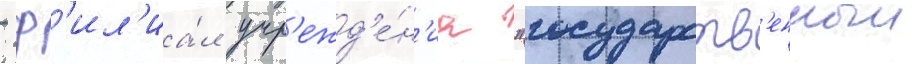
- ф'ил'иа́л учр'ежд'е́н'иа "государств'енныи